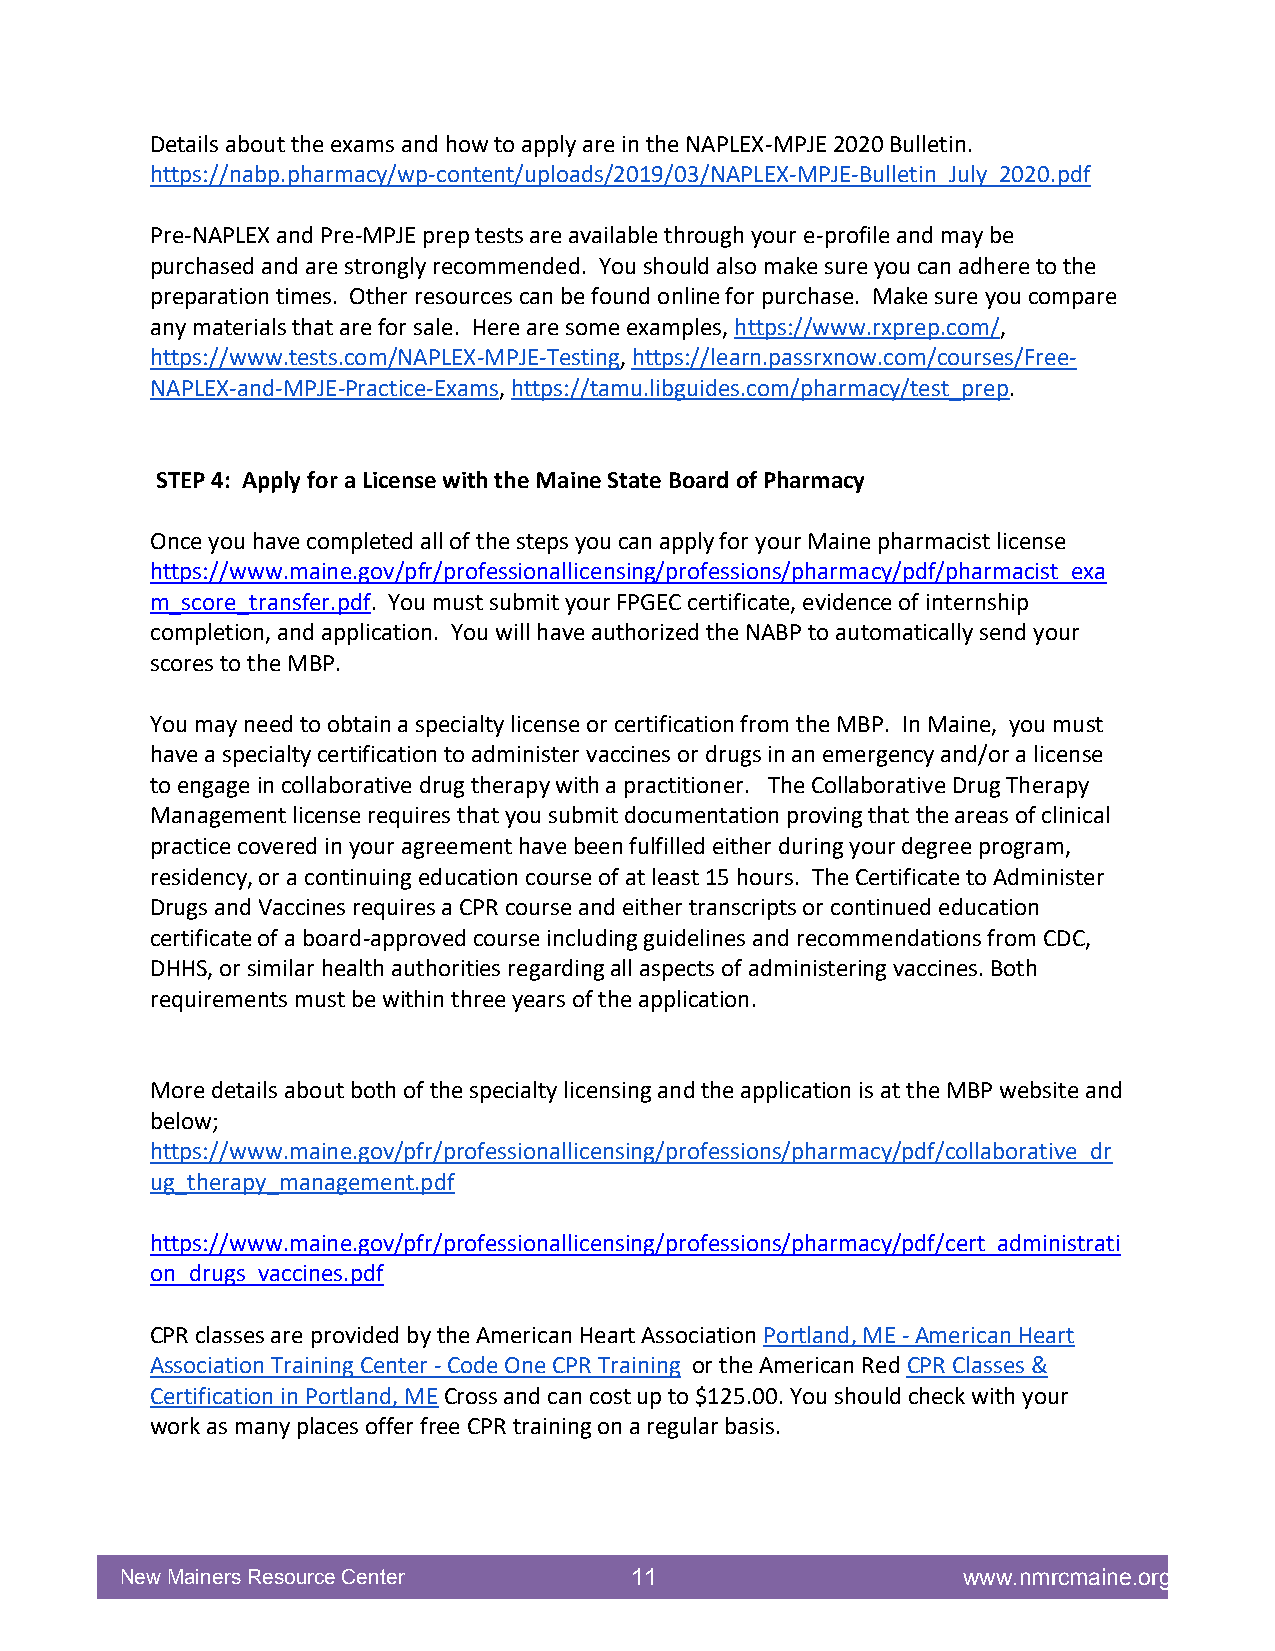
Details about the exams and how to apply are in the NAPLEX-MPJE 2020 Bulletin.
 https://nabp.pharmacy/wp-content/uploads/2019/03/NAPLEX-MPJE-Bulletin_July_2020.pdf
 Pre-NAPLEX and Pre-MPJE prep tests are available through your e-profile and may be
 purchased and are strongly recommended. You should also make sure you can adhere to the
 preparation times. Other resources can be found online for purchase. Make sure you compare
 any materials that are for sale. Here are some examples, https://www.rxprep.com/,
 https://www.tests.com/NAPLEX-MPJE-Testing, https://learn.passrxnow.com/courses/Free-
 NAPLEX-and-MPJE-Practice-Exams, https://tamu.libguides.com/pharmacy/test_prep.
 STEP 4: Apply for a License with the Maine State Board of Pharmacy
 Once you have completed all of the steps you can apply for your Maine pharmacist license
 https://www.maine.gov/pfr/professionallicensing/professions/pharmacy/pdf/pharmacist_exa
 m_score_transfer.pdf. You must submit your FPGEC certificate, evidence of internship
 completion, and application. You will have authorized the NABP to automatically send your
 scores to the MBP.
 You may need to obtain a specialty license or certification from the MBP. In Maine, you must
 have a specialty certification to administer vaccines or drugs in an emergency and/or a license
 to engage in collaborative drug therapy with a practitioner. The Collaborative Drug Therapy
 Management license requires that you submit documentation proving that the areas of clinical
 practice covered in your agreement have been fulfilled either during your degree program,
 residency, or a continuing education course of at least 15 hours. The Certificate to Administer
 Drugs and Vaccines requires a CPR course and either transcripts or continued education
 certificate of a board-approved course including guidelines and recommendations from CDC,
 DHHS, or similar health authorities regarding all aspects of administering vaccines. Both
 requirements must be within three years of the application.
 More details about both of the specialty licensing and the application is at the MBP website and
 below;
 https://www.maine.gov/pfr/professionallicensing/professions/pharmacy/pdf/collaborative_dr
 ug_therapy_management.pdf
 https://www.maine.gov/pfr/professionallicensing/professions/pharmacy/pdf/cert_administrati
 on_drugs_vaccines.pdf
 CPR classes are provided by the American Heart Association Portland, ME - American Heart
 Association Training Center - Code One CPR Training or the American Red CPR Classes &
 Certification in Portland, ME Cross and can cost up to $125.00. You should check with your
 work as many places offer free CPR training on a regular basis.
 New Mainers Resource Center       11                    www.nmrcmaine.org